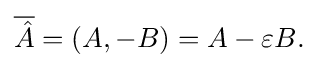
{\overline {\hat {A}}}=(A,-B)=A-\varepsilon B.\!